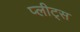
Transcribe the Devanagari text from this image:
प्लीट्स